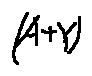
( A + Y )